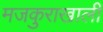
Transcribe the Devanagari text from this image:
मजकुराखाली